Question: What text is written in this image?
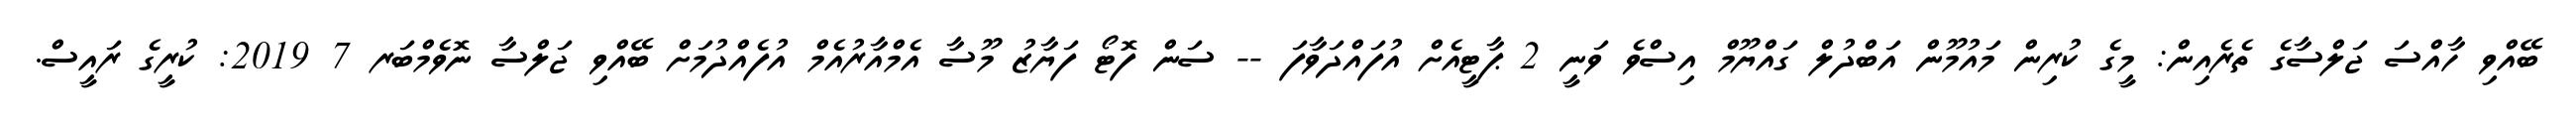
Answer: ބޭއްވި ހާއްސަ ޖަލްސާގެ ތެރެއިން: މީގެ ކުރިން މައުމޫން އަބްދުލް ގައްޔޫމް އިސްވެ ވަނީ 2 ޕާޓީއެށް އުފައްދަވާފަ -- ސަން ފޮޓޯ ފަޔާޒު މޫސާ އެމްއާރުއެމް އުފެއްދުމަށް ބޭއްވި ޖަލްސާ ނޮވެމްބަރ 7 2019: ކުރީގެ ރައީސް.